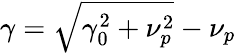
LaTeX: \gamma=\sqrt{\gamma_{0}^{2}+\nu_{p}^{2}}-\nu_{p}